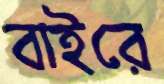
বাইরে